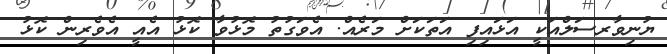
ޔުނިވާރސަަލްއަކީ އަޅައިފި އަތަކަށް މަރެއް. އެވަގުތު މޮޅުވާ ކޮޅު އެެއީ އެވެރިން ކޮޅު